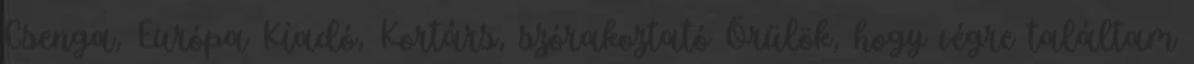
Csenga, Európa Kiadó, Kortárs, szórakoztató Örülök, hogy végre találtam